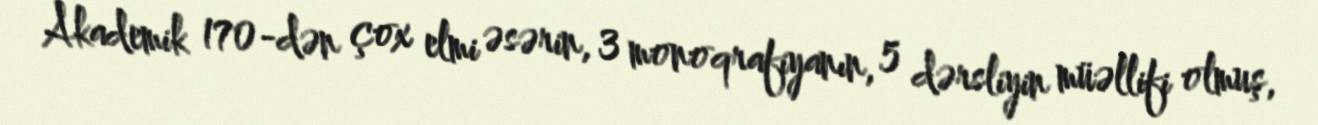
Akademik 170-dən çox elmi əsərin, 3 monoqrafiyanın, 5 dərsliyin müəllifi olmuş,